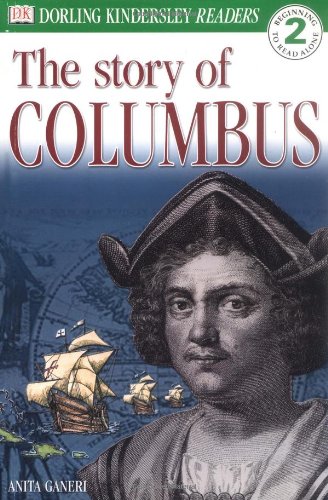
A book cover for The Story of Christopher Columbus (DK Reader Level 2: Beginning to Read Alone); Anita Ganeri; Children's Books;